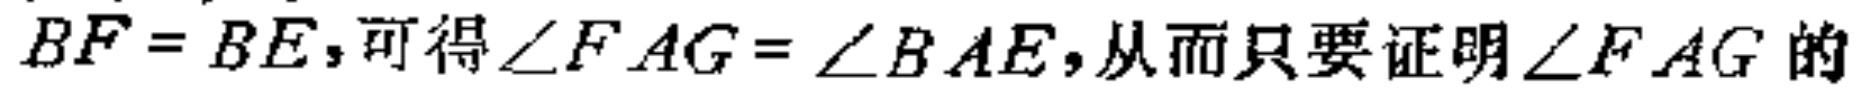
$BF = BE,可得\angle FAG=\angle BAE,从而只要证明\angle FAG的$